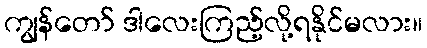
ကျွန်တော် ဒါလေးကြည့်လို့ရနိုင်မလား။